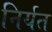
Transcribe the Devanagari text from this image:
निर्यत